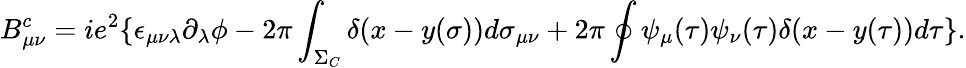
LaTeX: B_{\mu\nu}^{c}=ie^{2}\{ \epsilon_{\mu\nu\lambda}\partial_{\lambda}\phi-2\pi\int_{\Sigma_{C}}\delta(x-y(\sigma))d\sigma_{\mu\nu}+2\pi\oint\psi_{\mu}(\tau)\psi_{\nu}(\tau)\delta(x-y(\tau))d\tau\} .